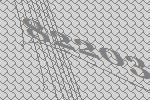
82203